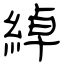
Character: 綽